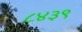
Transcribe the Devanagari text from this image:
८४३९